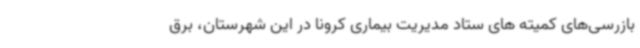
بازرسی‌های کمیته های ستاد مدیریت بیماری کرونا در این شهرستان، برق